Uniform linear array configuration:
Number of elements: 24
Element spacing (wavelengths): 0.75
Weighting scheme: kaiser
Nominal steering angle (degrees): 0
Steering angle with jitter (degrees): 0.6922
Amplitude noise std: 0.05
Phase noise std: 0.05

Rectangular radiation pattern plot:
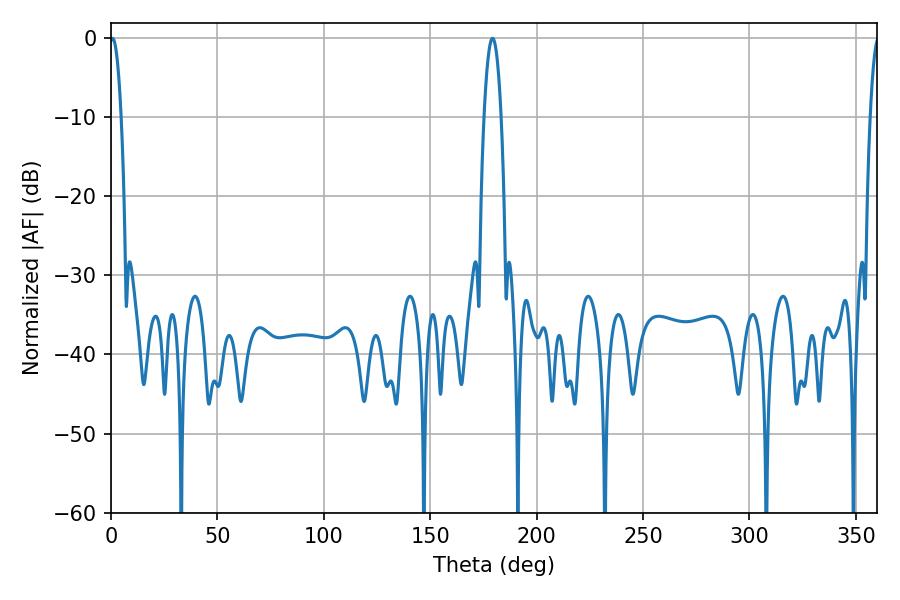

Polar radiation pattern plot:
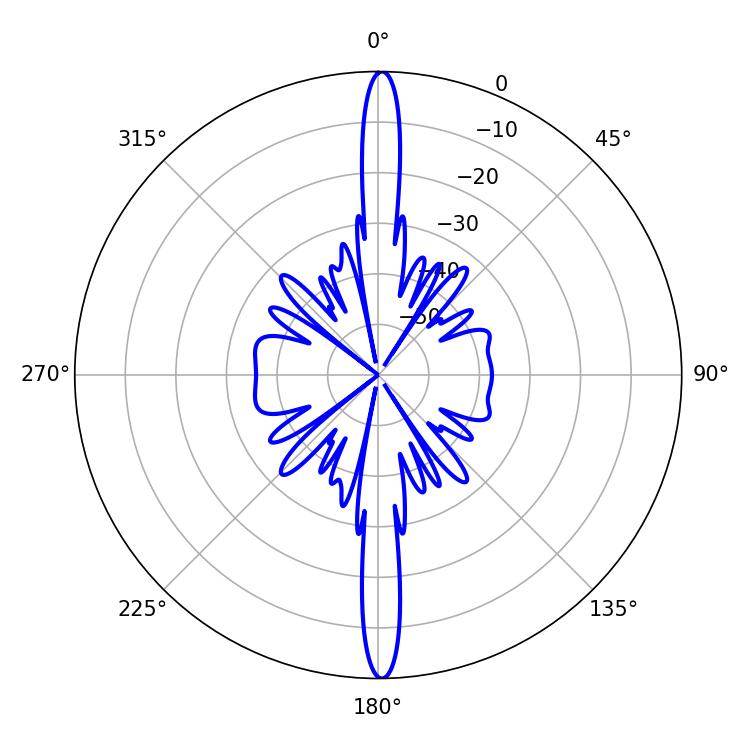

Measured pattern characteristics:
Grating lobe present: TRUE
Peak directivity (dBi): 29.938
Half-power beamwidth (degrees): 2.88
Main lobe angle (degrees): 0.72